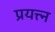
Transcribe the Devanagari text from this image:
प्रयत्त्न